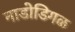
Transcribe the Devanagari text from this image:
नाडोडिगळ